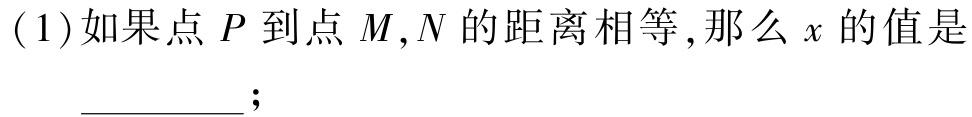
(1)如果点 \(P\) 到点 \(M,N\) 的距离相等,那么 \(x\) 的值是 \_\_\_\_\_\_;